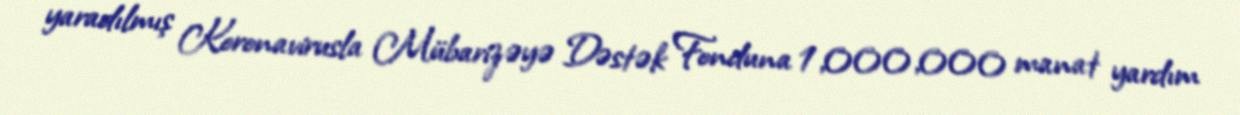
yaradılmış Koronavirusla Mübarizəyə Dəstək Fonduna 1,000,000 manat yardım